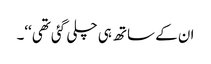
ان کے ساتھ ہی چلی گئی تھی‘‘۔